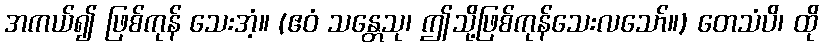
အကယ်၍ ဖြစ်ကုန် သေးအံ့။ (ဧဝံ သန္တေသု၊ ဤသို့ဖြစ်ကုန်သေးလသော်။) တေသံပိ၊ ထို